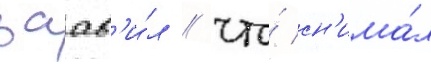
заав'и́л / что́ сн'има́л